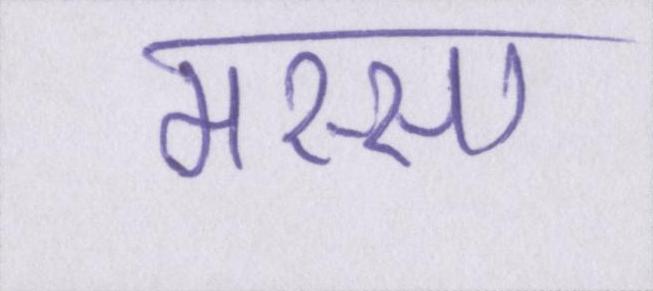
मस्सा